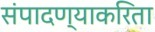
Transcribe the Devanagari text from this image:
संपादण्याकरिता